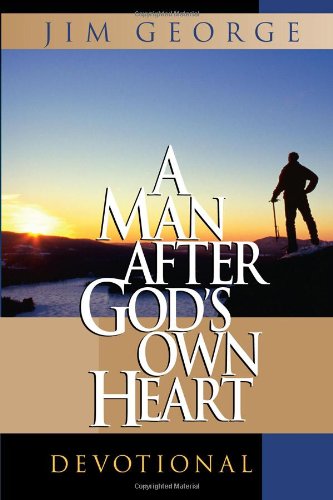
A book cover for A Man After God's Own Heart Devotional; Jim George; Christian Books & Bibles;